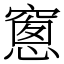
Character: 窻